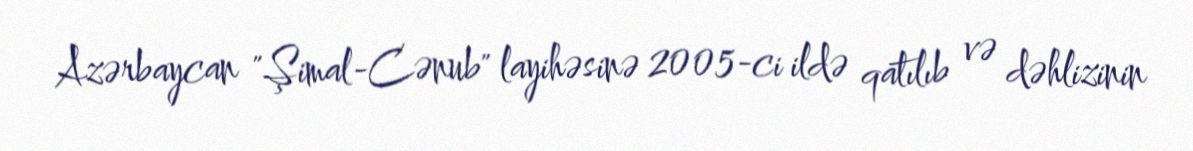
Azərbaycan "Şimal-Cənub" layihəsinə 2005-ci ildə qatılıb və dəhlizinin